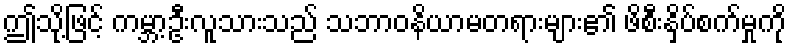
ဤသို့ဖြင့် ကမ္ဘာ့ဦးလူသားသည် သဘာဝနိယာမတရားများ၏ ဖိစီးနှိပ်စက်မှုကို